Indian journal of veterinary science and animal husbandry - Volumes 18-21, 1948-1951
Year: 1948
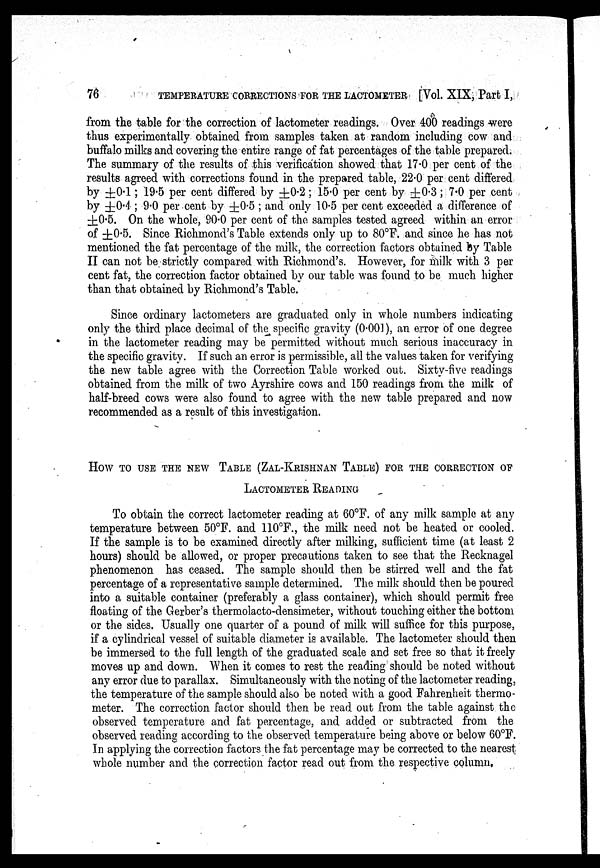
76
TEMPERATURE CORRECTIONS FOR THE LACTOMETER [Vol. XIX, Part I,
from the table for the correction of lactometer readings. Over 400 readings were
thus experimentally obtained from samples taken at random including cow and
buffalo milks and covering the entire range of fat percentages of the table prepared.
The summary of the results of this verification showed that 17.0 per cent of the
results agreed with corrections found in the prepared table, 22.0 per cent differed
by ±0.1; 19.5 per cent differed by ±0.2; 15.0 per cent by ±0.3; 7.0 per cent
by ±0.4 ; 9.0 per cent by ±0.5; and only 10.5 per cent exceeded a difference of
±0.5. On the whole, 90.0 per cent of the samples tested agreed within an error
of ±0.5. Since Richmond's Table extends only up to 80°F. and since he has not
mentioned the fat percentage of the milk, the correction factors obtained by Table
II can not be strictly compared with Richmond's. However, for milk with 3 per
cent fat, the correction factor obtained by our table was found to be much higher
than that obtained by Richmond's Table.
Since ordinary lactometers are graduated only in whole numbers indicating
only the third place decimal of the specific gravity (0.001), an error of one degree
in the lactometer reading may be permitted without much serious inaccuracy in
the specific gravity. If such an error is permissible, all the values taken for verifying
the new table agree with the Correction Table worked out. Sixty-five readings
obtained from the milk of two Ayrshire cows and 150 readings from the milk of
half-breed cows were also found to agree with the new table prepared and now
recommended as a result of this investigation.
HOW TO USE THE NEW TABLE (ZAL-KRISHNAN TABLE) FOR THE CORRECTION OF
LACTOMETER READING
To obtain the correct lactometer reading at 60°F. of any milk sample at any
temperature between 50ºF. and 110ºF., the milk need not be heated or cooled.
If the sample is to be examined directly after milking, sufficient time (at least 2
hours) should be allowed, or proper precautions taken to see that the Recknagel
phenomenon has ceased. The sample should then be stirred well and the fat
percentage of a representative sample determined. The milk should then be poured
into a suitable container (preferably a glass container), which should permit free
floating of the Gerber's thermolacto-densimeter, without touching either the bottom
or the sides. Usually one quarter of a pound of milk will suffice for this purpose,
if a cylindrical vessel of suitable diameter is available. The lactometer should then
be immersed to the full length of the graduated scale and set free so that it freely
moves up and down. When it comes to rest the reading should be noted without
any error due to parallax. Simultaneously with the noting of the lactometer reading,
the temperature of the sample should also be noted with a good Fahrenheit thermo-
meter. The correction factor should then be read out from the table against the
observed temperature and fat percentage, and added or subtracted from the
observed reading according to the observed temperature being above or below 60°F.
In applying the correction factors the fat percentage may be corrected to the nearest
whole number and the correction factor read out from the respective column.